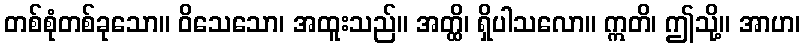
တစ်စုံတစ်ခုသော။ ဝိသေသော၊ အထူးသည်။ အတ္ထိ၊ ရှိပါသလော။ ဣတိ၊ ဤသို့။ အာဟ၊